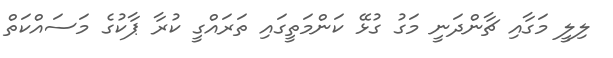
ލިލީ މަގާއި ޗާންދަނީ މަގު ގުޅޭ ކަންމަތީގައި ތަރައްގީ ކުރާ ޕާކުގެ މަސައްކަތް